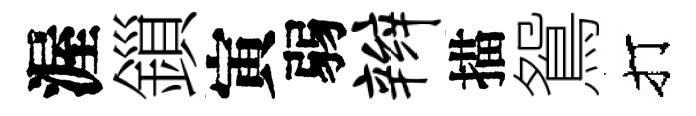
渥鎻寅弱辫描鴛打